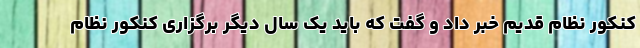
کنکور نظام قدیم خبر داد و گفت که باید یک سال دیگر برگزاری کنکور نظام